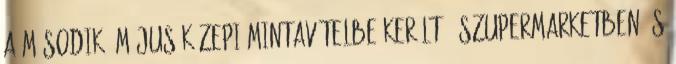
A második, május közepi mintavételbe került 8 szupermarketben és